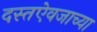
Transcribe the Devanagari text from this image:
दस्तऐवजाच्या